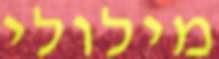
מילולי